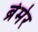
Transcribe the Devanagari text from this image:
ब्रेमेर